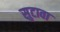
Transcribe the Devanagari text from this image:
सुटावा